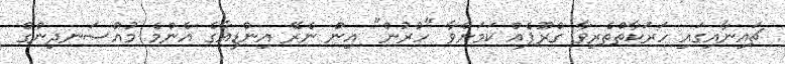
ޗައިނާއިގައި ހަރަކާތްތެރިވާ ގްރޫޕެއް ކަމަށްވާ "ހުރުން" އިން ނެރޭ އިންޑިއާގެ އެންމެ މުއްސަނދިންގެ